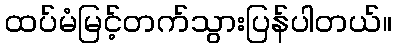
ထပ်မံမြင့်တက်သွားပြန်ပါတယ်။